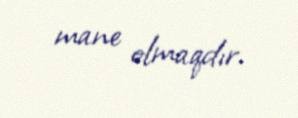
mane olmaqdır.